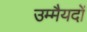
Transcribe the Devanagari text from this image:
उम्मैयदों